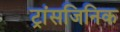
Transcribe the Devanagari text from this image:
ट्रांसजिनिक